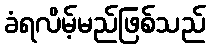
ခံရလိမ့်မည်ဖြစ်သည်